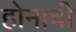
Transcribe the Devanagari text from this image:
होनाची